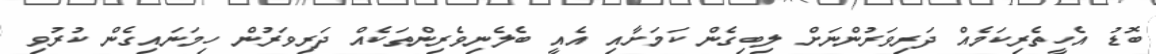
ބޮޑު އެހީތެރިކަމެއް ދަރިވަރުންނަށް ލިބިގެން ކަމަށާއި އެއީ ބެލެނިވެރިންތަކެއް ދަރިވަރުން ހިމަނައިގެން ކުރުވި